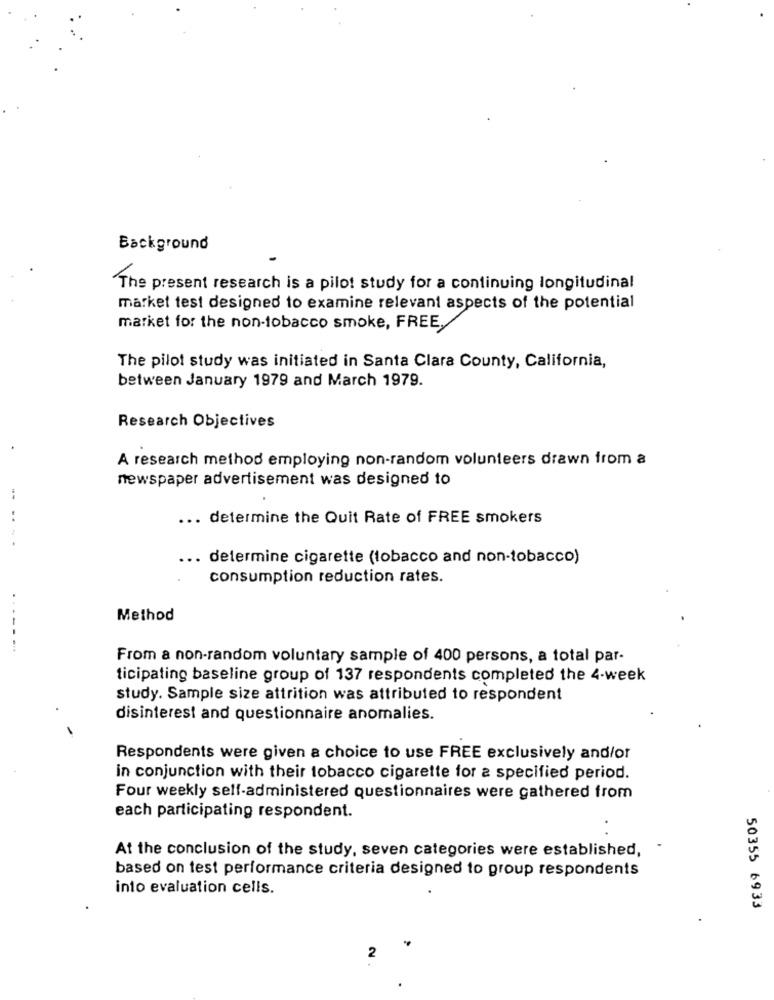
Background
The present research is a pilot study for a continuing longitudinal
market test designed to examine relevant aspects of the potential
market for the non-tobacco smoke, FREE,
The pilot study was initiated in Santa Clara County, California,
between January 1979 and March 1979.
Research Objectives
A research method employing non-random volunteers drawn from a
newspaper advertisement was designed to
... determine the Quit Rate of FREE smokers
... determine cigarette (tobacco and non-tobacco)
consumption reduction rates.
Method
From a non-random voluntary sample of 400 persons, a total par-
ticipating baseline group of 137 respondents completed the 4-week
study. Sample size attrition was attributed to respondent
disinterest and questionnaire anomalies.
Respondents were given a choice to use FREE exclusively and/or
in conjunction with their tobacco cigarette for a specified period.
Four weekly self-administered questionnaires were gathered from
each participating respondent.
At the conclusion of the study, seven categories were established,
based on test performance criteria designed to group respondents
into evaluation cells.
50355 6933
2